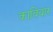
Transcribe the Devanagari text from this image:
कावियार